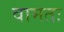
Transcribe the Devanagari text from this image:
वामतः